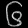
Digit: ၆